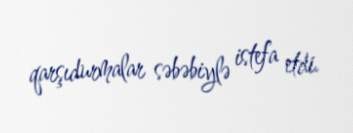
qarşıdurmalar səbəbiylə istefa etdi.